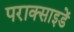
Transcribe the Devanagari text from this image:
पराक्साइडें